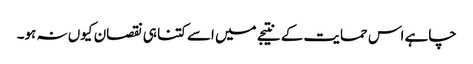
چاہے اس حمایت کے نتیجے میں اسے کتنا ہی نقصان کیوں نہ ہو۔